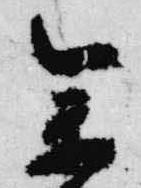
参